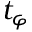
t _ { \varphi }